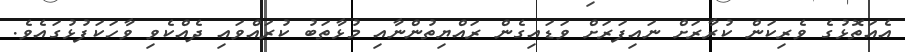
އެއަތޮޅުގެ ވެރިކަން ކުރާރަށް ނައިފަރަށް ވަޑައިގެން ރައްޔިތުންނާއި މުޅާތަބު ކުރައްވައި ދެއްކެވި ވާހަކަފުޅުގައެވެ.